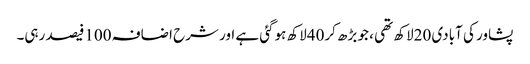
پشاور کی آبادی 20لاکھ تھی ، جو بڑھ کر40لاکھ ہوگئی ہے اور شرح اضافہ 100فیصد رہی۔